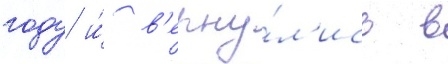
году и́ в'ерну́л'ись в